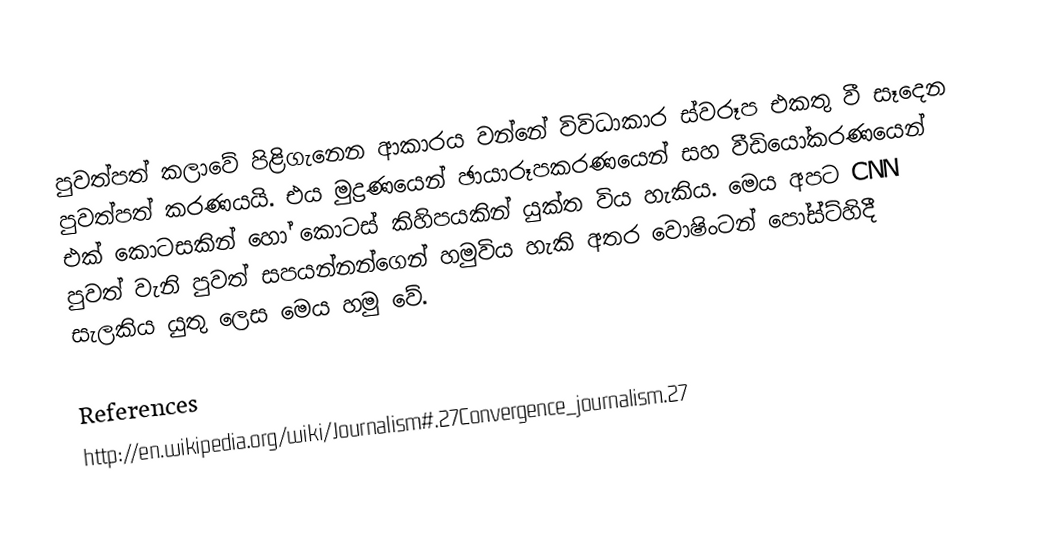
පුවත්පත් කලාවේ පිළිගැනෙන ආකාරය වන්නේ විවිධාකාර ස්වරූප එකතු වී සෑදෙන පුවත්පත් කරණයයි. එය මුද්‍රණයෙන් ඡායාරූපකරණයෙන් සහ වීඩියෝකරණයෙන් එක් කොටසකින් හෝ කොටස් කිහිපයකින් යුක්ත විය හැකිය. මෙය අපට CNN පුවත් වැනි පුවත් සපයන්නන්ගෙන් හමුවිය හැකි අතර වොෂිංටන් පෝස්ට්හිදී සැලකිය යුතු ලෙස මෙය හමු වේ.

References
http://en.wikipedia.org/wiki/Journalism#.27Convergence_journalism.27